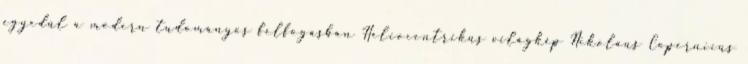
egyedül a modern tudományos felfogásban Heliocentrikus világkép Nikolaus Copernicus